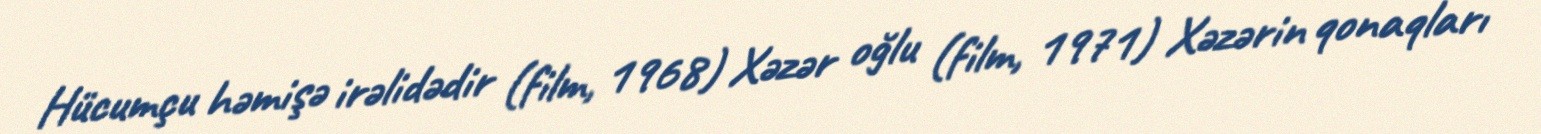
Hücumçu həmişə irəlidədir (film, 1968) Xəzər oğlu (film, 1971) Xəzərin qonaqları